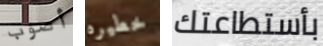
أصوب خطيره بأستطاعتك